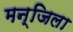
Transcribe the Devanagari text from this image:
मन्जिला